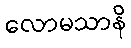
လောမသာနိ